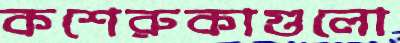
কশেরুকাগুলো